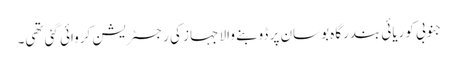
جنوبی کوریائی بندرگاہ بوسان پر ڈوبنے والا جہاز کی رجسٹریشن کروائی گئی تھی۔